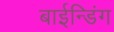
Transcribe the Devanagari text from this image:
बाईन्डिंग